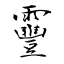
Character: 靊